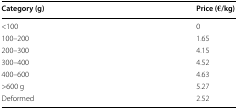
<table><thead><tr><td><b>Category (g)</b></td><td><b>Price (€/kg)</b></td></tr></thead><tbody><tr><td>&lt;100</td><td>0</td></tr><tr><td>100–200</td><td>1.65</td></tr><tr><td>200–300</td><td>4.15</td></tr><tr><td>300–400</td><td>4.52</td></tr><tr><td>400–600</td><td>4.63</td></tr><tr><td>&gt;600 g</td><td>5.27</td></tr><tr><td>Deformed</td><td>2.52</td></tr></tbody></table>